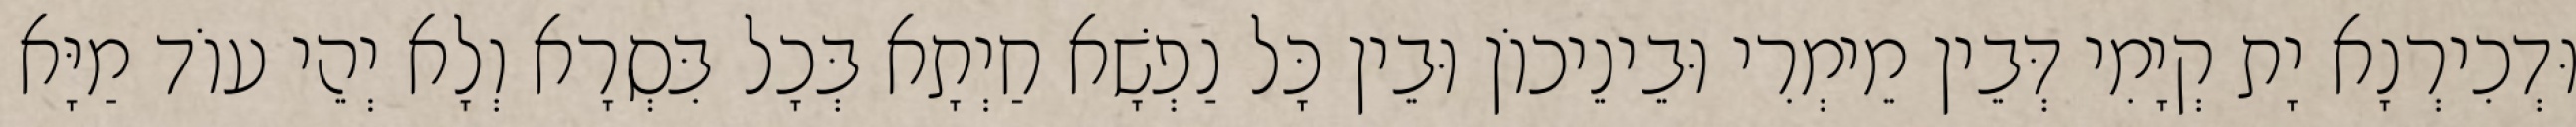
וּדְכִירְנָא יָת קְיָמִי דְּבֵין מֵימְרִי וּבֵינֵיכוֹן וּבֵין כָּל נַפְשָׁא חַיְתָא בְּכָל בִּסְרָא וְלָא יְהֵי עוֹד מַיָּא